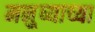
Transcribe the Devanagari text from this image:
मनु्ष्याच्या